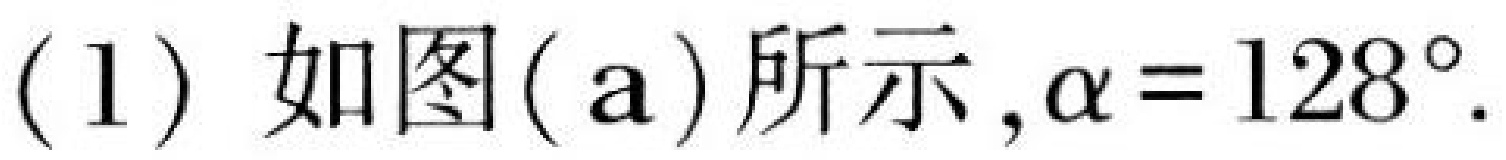
(1) 如图(a)所示, $\alpha = 128^{\circ}$.